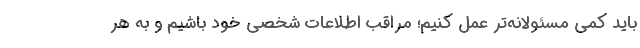
باید کمی مسئولانه‌تر عمل کنیم؛ مراقب اطلاعات شخصی خود باشیم و به هر